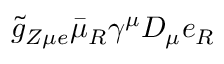
\tilde { g } _ { Z \mu e } \bar { \mu } _ { R } \gamma ^ { \mu } D _ { \mu } e _ { R }